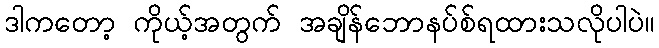
ဒါကတော့ ကိုယ့်အတွက် အချိန်ဘောနပ်စ်ရထားသလိုပါပဲ။